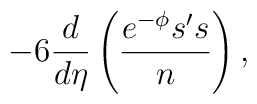
-6 \frac{d}{d\eta} \left(\frac{e^{-\phi}s's}{n}\right),